Vaccination in Bombay 1889-1901 - 1889-1901
Year: 1889
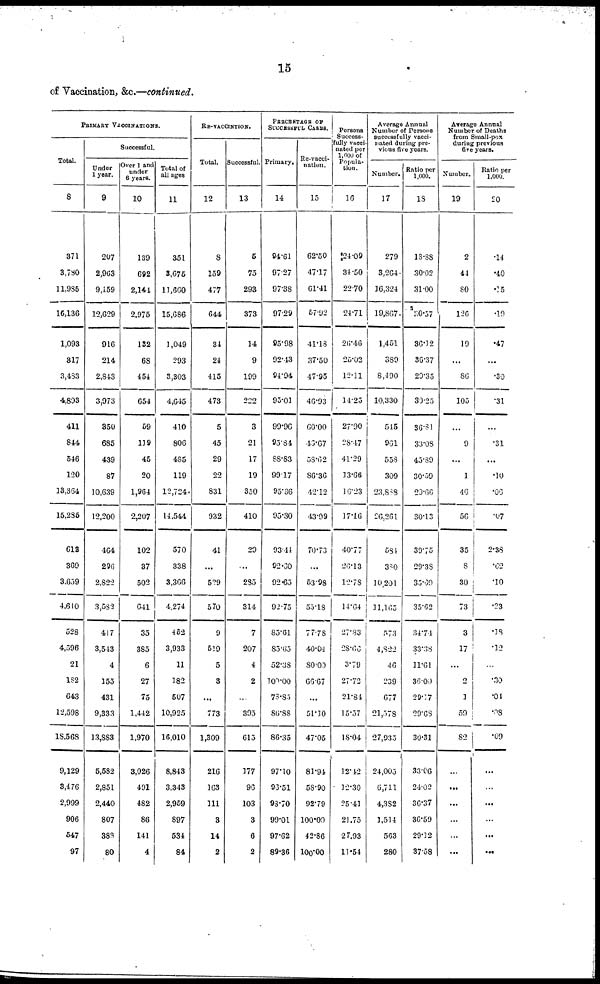
15
of Vaccination, &c.—continued.
PRIMARY VACCINATIONS.
Total.
8
371
3,780
11,985
16,136
1,093
817
3,483
4,893
411
844
546
120
13,364
15,235
612
369
3,659
4,640
528
4,596
21
182
643
12,598
18,568
9,129
3,476
2,999
906
547
97
Successful.
Under
1 year.
9
207
2,963
9,459
12,629
916
214
2,843
3,973
350
685
439
87
10,639
12,200
464
296
2,822
3,582
417
3,543
4
155
431
9,333
13,883
5,582
2,851
2,440
807
388
80
Over 1 and
under
6 years.
10
139
692
2,144
2,975
132
68
454
654
59
119
45
20
1,964
2,207
102
37
502
641
35
385
6
27
75
1,442
1,970
3,026
491
482
86
141
4
Total of
all ages
11
351
3,675
11,660
15,686
1,049
293
3,303
4,645
410
806
485
119
12,724
14,544
570
338
3,366
4,274
452
3,933
11
182
507
10,925
16,010
8,843
3,343
2,959
897
534
84
RE-VACCINTION.
Total.
12
8
159
477
644
34
24
415
473
5
45
29
22
831
932
41
...
529
570
9
519
5
3
...
773
1,309
216
163
111
3
14
2
Successful.
13
5
75
293
373
14
9
199
222
3
21
17
19
350
410
29
...
285
314
7
207
4
2
...
395
615
177
96
103
3
6
2
PERCENTAGE OF
SUCCESSFUL CASES.
Primary.
14
94.61
97.27
97.38
97.29
95.98
92.43
94.94
95.01
99.96
95.84
88.83
99.17
95.36
95.30
93.44
92.60
92.65
92.75
85.61
85.65
52.38
100.00
73.85
86.88
86.35
97.10
93.51
93.70
99.01
97.62
89.36
Re-vacci¬
nation.
15
62.50
47.17
61.41
57.92
41.18
37.50
47.95
46.93
60.00
46.67
58.62
86.36
42.12
43.99
70.73
...
53.98
55.18
77.78
40.04
80.00
66.67
...
51.10
47.05
81.94
58.90
92.79
100.00
42.86
100.00
Persons
Success-
fully vacci¬
nated per
1,000 of
Popula-
tion.
16
24.09
34.50
22.70
24.71
26.46
25.02
12.11
14.25
27.90
28.47
41.29
13.66
16.23
17.16
40.77
26.13
12.78
14.64
27.83
28.66
3.79
27.72
21.84
15.57
18.04
12.42
12.30
25.41
21.75
27.93
11.54
Average Annual
Number of Persons
successfully vacci-
nated during pre-
vious five years.
Number.
17
279
3,264
16,324
19,867
1,451
389
8,490
10,330
545
961
558
309
23,888
26,261
584
380
10,201
11,165
573
4,822
46
239
677
21,578
27,935
24,003
6,711
4,382
1,514
563
280
Ratio per
1,000.
18
18.88
30.02
31.00
30.57
36.12
36.37
29.35
30.25
36.81
33.08
43.39
30.59
29.66
30.13
39.75
29.38
35.69
35.62
34.74
33.38
11.61
36.00
29.17
29.68
30.31
33.06
24.02
36.37
36.59
29.12
37.58
Average Annual
Number of Deaths
from Small-pox
during previous
five years.
Number.
19
2
44
80
126
19
...
86
105
...
9
...
1
46
56
35
8
30
73
3
17
...
2
1
59
82
...
...
...
...
...
...
Ratio per
1,000.
20
.14
.40
.15
.10
.47
...
.30
.31
...
.31
...
.10
.06
.07
2.38
.62
.10
.23
.18
.12
...
.30
.04
.08
.09
...
...
...
...
...
...